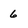
Character: 6